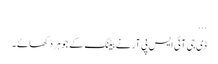
...
ڈی جی آئی ایس پی آر نے بیٹنگ کے جوہر دکھائے ۔